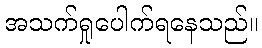
အသက်ရှုပေါက်ရနေသည်။